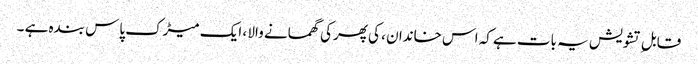
قابل ِ تشویش یہ بات ہے کہ اس خاندان ، کی پھرکی گھمانے والا ، ایک میڑک پاس بندہ ہے ۔